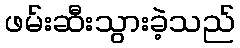
ဖမ်းဆီးသွားခဲ့သည်